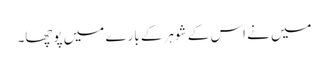
میں نے اس کے شوہر کے بارے میں پوچھا۔